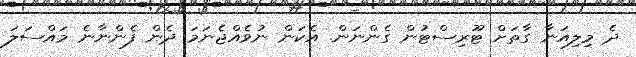
ދެ މިލިއަނާ ގާތަށް ޓޫރިސްޓުން ގެންނަން. އެކަން ނުވެެއްޖެނަމަ ދެން ފެންނާނެ މައްސަލަ